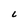
Character: C